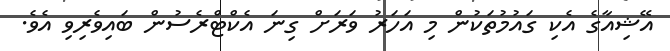
އޭޝިއާގެ އެކި ގައުމުތަކުން މި އަހަރު ވަރަށް ގިނަ އެކްޓްރެސުން ބައިވެރިވި އެވެ.